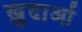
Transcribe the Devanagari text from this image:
ख़़ुदाओं